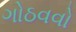
ગોઠવવો